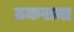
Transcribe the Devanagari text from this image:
ठकराना